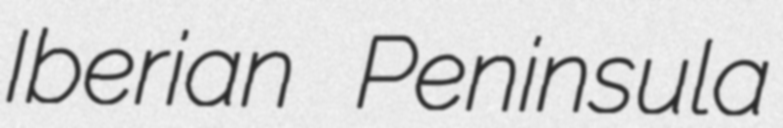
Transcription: Iberian Peninsula